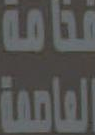
EE